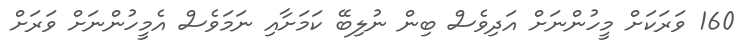
160 ވަރަކަށް މީހުންނަށް އަދިވެސް ބިން ނުލިބޭ ކަމަށާއި ނަމަވެސް އެމީހުންނަށް ވަރަށް